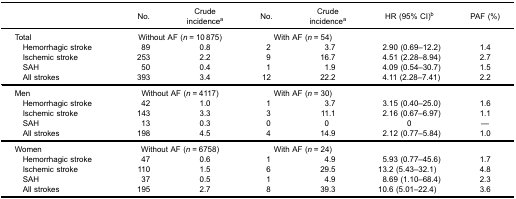
|  | No. | Crudeincidencea | No. | Crudeincidencea | HR (95% CI)b | PAF (%) |
 | --- | --- | --- | --- | --- | --- | --- |
 | Total | <COLSPAN=2> Without AF (n = 10 875) | <COLSPAN=2> With AF (n = 54) |  |  |
 | Hemorrhagic stroke | 89 | 0.8 | 2 | 3.7 | 2.90 (0.69–12.2) | 1.4 |
 | Ischemic stroke | 253 | 2.2 | 9 | 16.7 | 4.51 (2.28–8.94) | 2.7 |
 | SAH | 50 | 0.4 | 1 | 1.9 | 4.09 (0.54–30.7) | 1.5 |
 | All strokes | 393 | 3.4 | 12 | 22.2 | 4.11 (2.28–7.41) | 2.2 |
 | Men | <COLSPAN=2> Without AF (n = 4117) | <COLSPAN=2> With AF (n = 30) |  |  |
 | Hemorrhagic stroke | 42 | 1.0 | 1 | 3.7 | 3.15 (0.40–25.0) | 1.6 |
 | Ischemic stroke | 143 | 3.3 | 3 | 11.1 | 2.16 (0.67–6.97) | 1.1 |
 | SAH | 13 | 0.3 | 0 | 0 | 0 | — |
 | All strokes | 198 | 4.5 | 4 | 14.9 | 2.12 (0.77–5.84) | 1.0 |
 | Women | <COLSPAN=2> Without AF (n = 6758) | <COLSPAN=2> With AF (n = 24) |  |  |
 | Hemorrhagic stroke | 47 | 0.6 | 1 | 4.9 | 5.93 (0.77–45.6) | 1.7 |
 | Ischemic stroke | 110 | 1.5 | 6 | 29.5 | 13.2 (5.43–32.1) | 4.8 |
 | SAH | 37 | 0.5 | 1 | 4.9 | 8.69 (1.10–68.4) | 2.3 |
 | All strokes | 195 | 2.7 | 8 | 39.3 | 10.6 (5.01–22.4) | 3.6 |